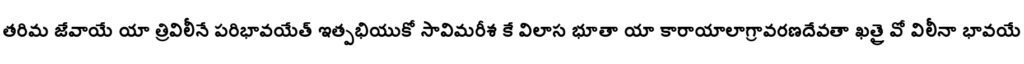
తరిమ జేవాయే యా త్రివిలీనే పరిభావయేత్ ఇత్పభియుకో సావిమరీశ కే విలాస భూతా యా కారాయాలాగ్రావరణదేవతా ఖత్రై వో విలీనా భావయే